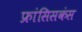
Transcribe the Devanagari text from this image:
फ्रांसिसकंस